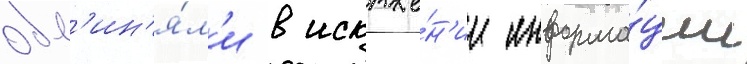
обв'ин'я́л'и в искаже́н'ии информа́ции